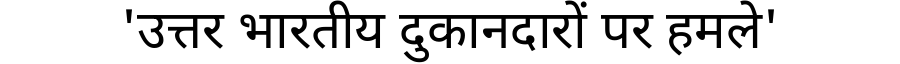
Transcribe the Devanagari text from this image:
'उत्तर भारतीय दुकानदारों पर हमले'